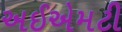
અઈએમટી